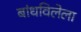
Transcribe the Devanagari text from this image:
बांधविलेला